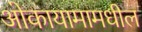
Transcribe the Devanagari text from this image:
ओकायामामधील